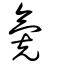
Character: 氪